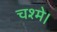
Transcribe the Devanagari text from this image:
चश्मे।